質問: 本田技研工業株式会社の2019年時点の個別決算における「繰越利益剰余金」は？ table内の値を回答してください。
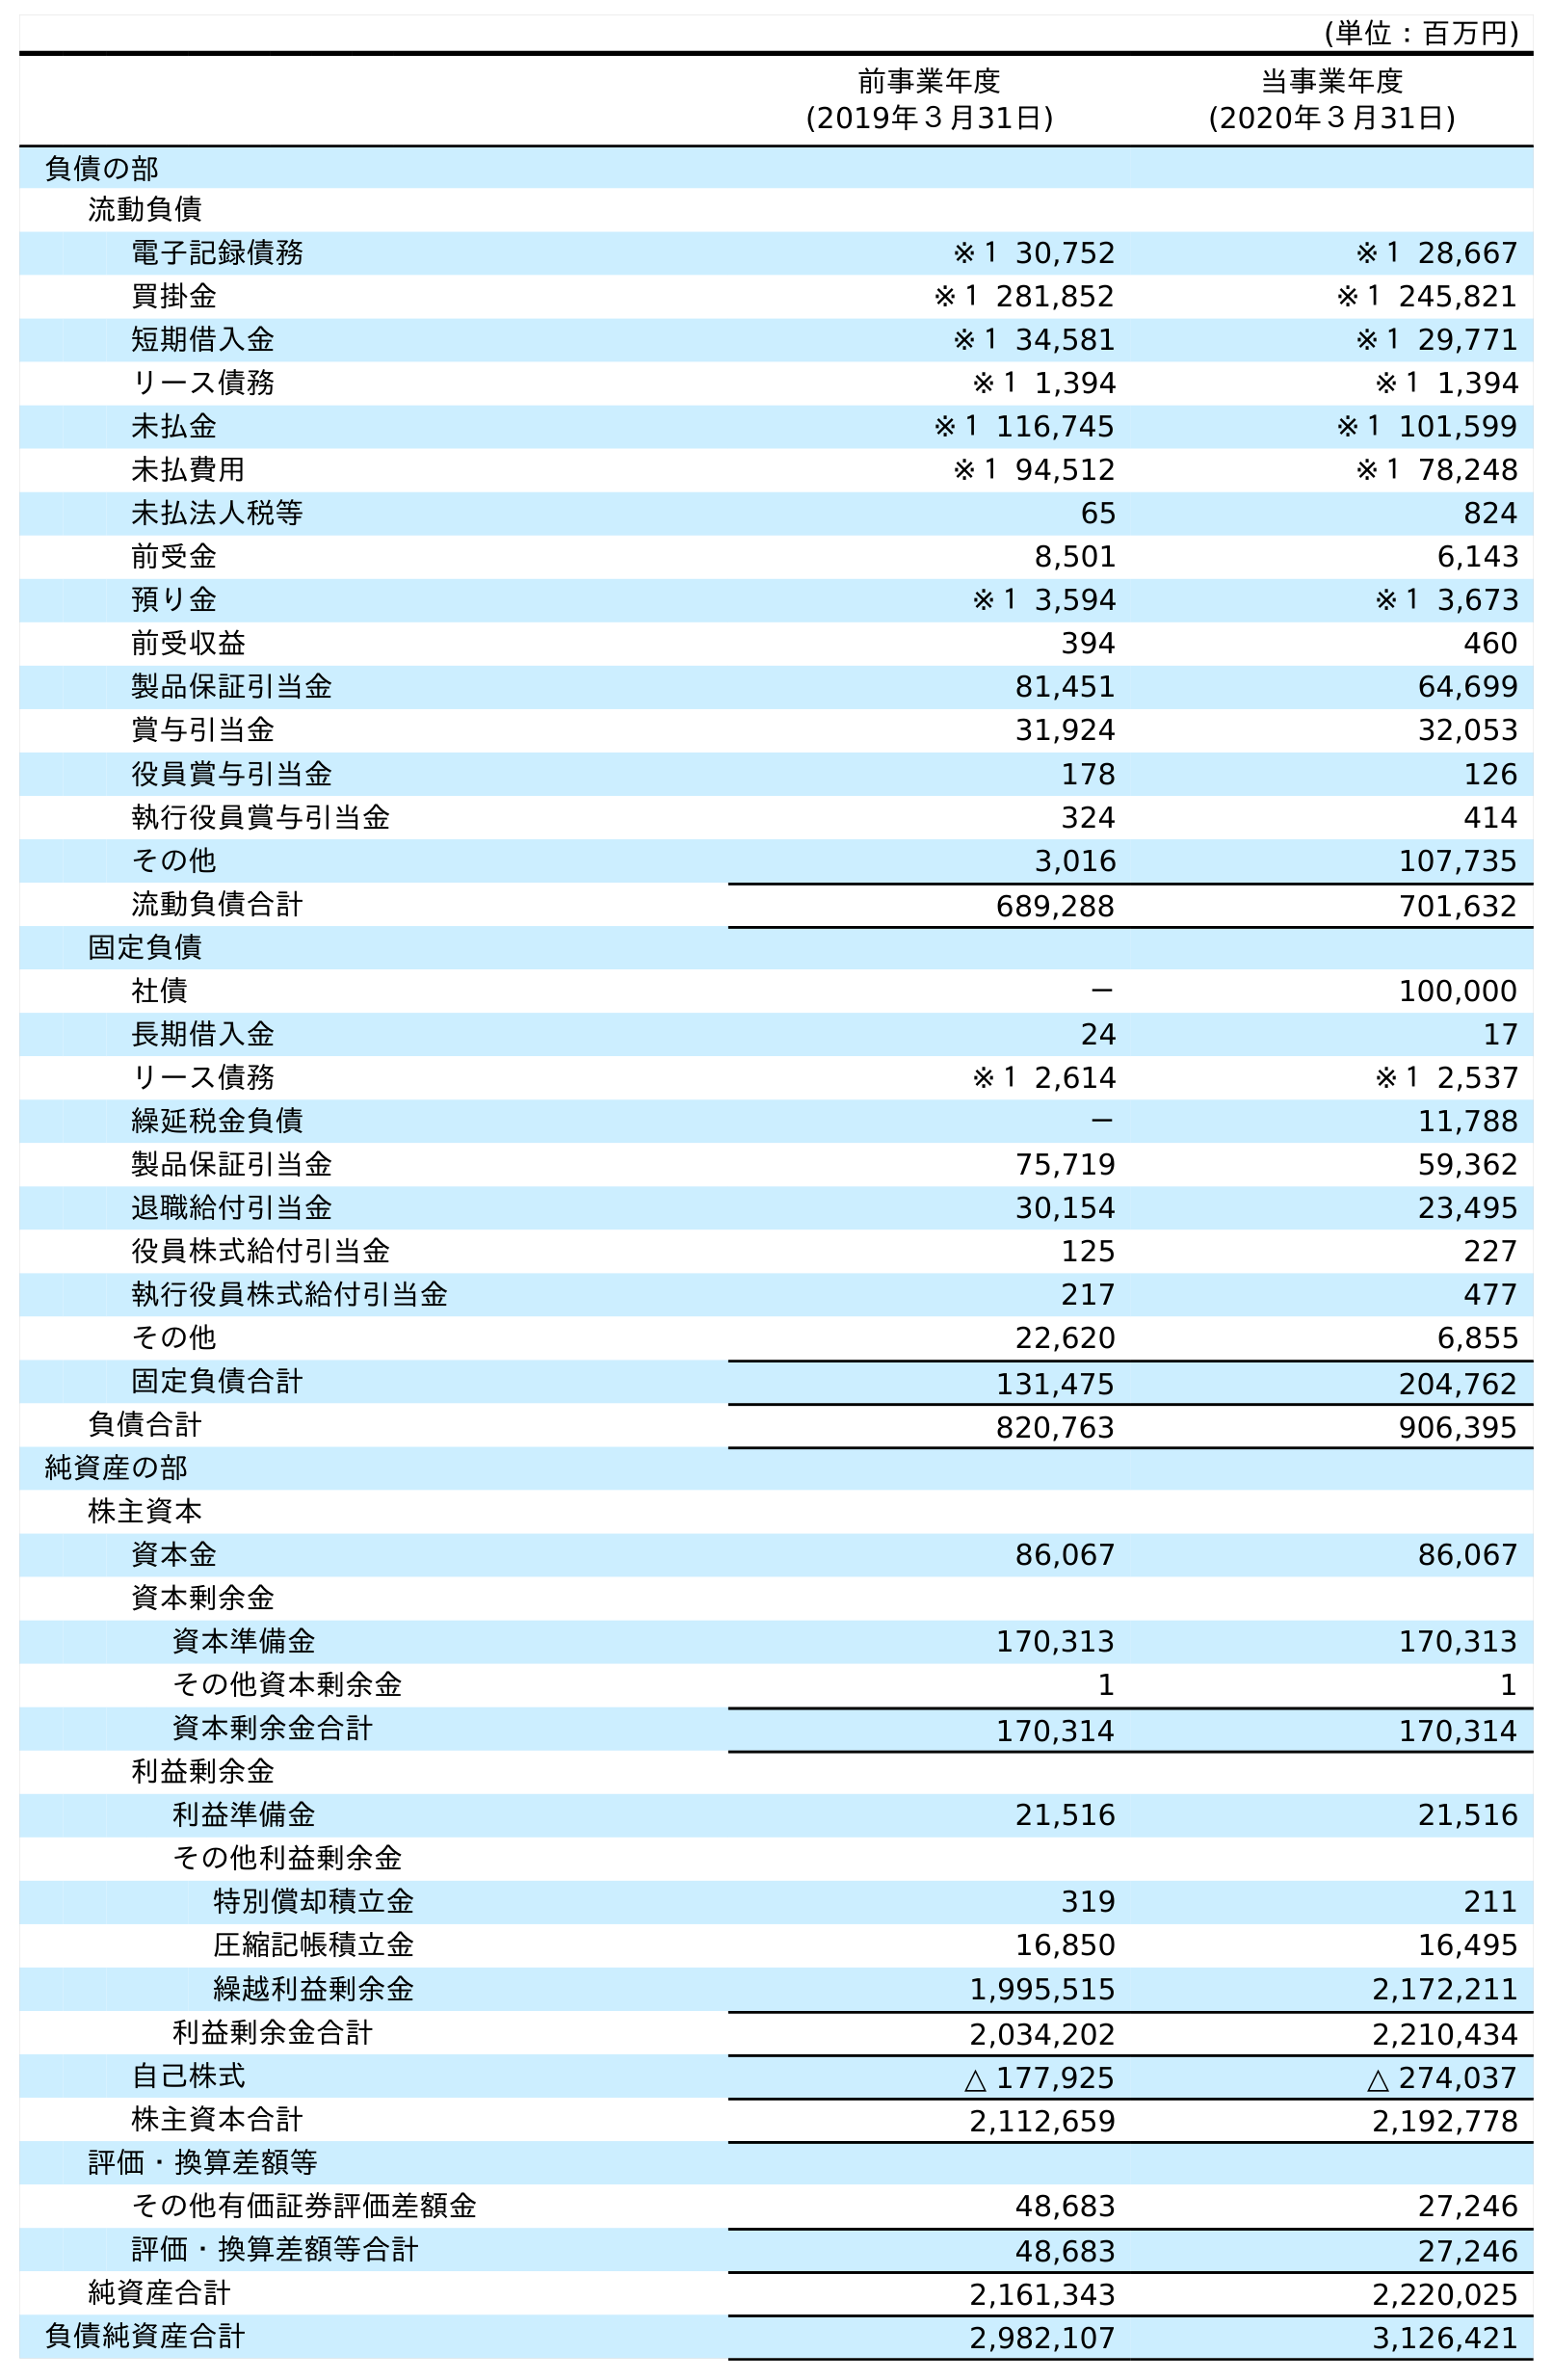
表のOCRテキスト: (単位：百万円) 前事業年度 (2019年３月31日) 当事業年度 (2020年３月31日) 負債の部 流動負債 電子記録債務 ※１ 30,752 ※１ 28,667 買掛金 ※１ 281,852 ※１ 245,821 短期借入金 ※１ 34,581 ※１ 29,771 リース債務 ※１ 1,394 ※１ 1,394 未払金 ※１ 116,745 ※１ 101,599 未払費用 ※１ 94,512 ※１ 78,248 未払法人税等 65 824 前受金 8,501 6,143 預り金 ※１ 3,594 ※１ 3,673 前受収益 394 460 製品保証引当金 81,451 64,699 賞与引当金 31,924 32,053 役員賞与引当金 178 126 執行役員賞与引当金 324 414 その他 3,016 107,735 流動負債合計 689,288 701,632 固定負債 社債 － 100,000 長期借入金 24 17 リース債務 ※１ 2,614 ※１ 2,537 繰延税金負債 － 11,788 製品保証引当金 75,719 59,362 退職給付引当金 30,154 23,495 役員株式給付引当金 125 227 執行役員株式給付引当金 217 477 その他 22,620 6,855 固定負債合計 131,475 204,762 負債合計 820,763 906,395 純資産の部 株主資本 資本金 86,067 86,067 資本剰余金 資本準備金 170,313 170,313 その他資本剰余金 1 1 資本剰余金合計 170,314 170,314 利益剰余金 利益準備金 21,516 21,516 その他利益剰余金 特別償却積立金 319 211 圧縮記帳積立金 16,850 16,495 繰越利益剰余金 1,995,515 2,172,211 利益剰余金合計 2,034,202 2,210,434 自己株式 △ 177,925 △ 274,037 株主資本合計 2,112,659 2,192,778 評価・換算差額等 その他有価証券評価差額金 48,683 27,246 評価・換算差額等合計 48,683 27,246 純資産合計 2,161,343 2,220,025 負債純資産合計 2,982,107 3,126,421
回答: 1,995,515